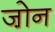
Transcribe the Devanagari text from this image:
जो़न